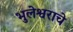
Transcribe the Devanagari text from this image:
भुलेश्वराचे